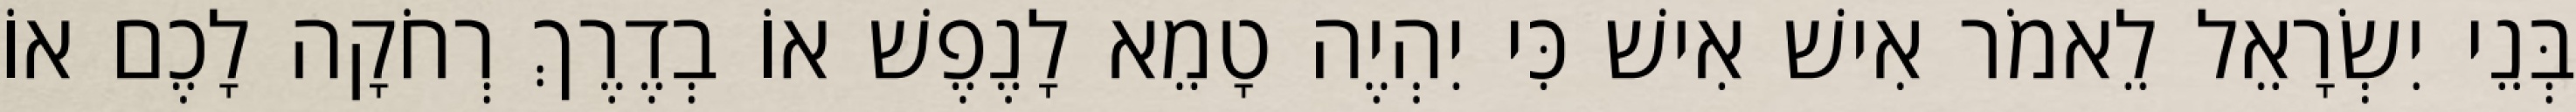
בְּנֵי יִשְׂרָאֵל לֵאמֹר אִישׁ אִישׁ כִּי יִהְיֶה טָמֵא לָנֶפֶשׁ אוֹ בְדֶרֶךְ רְחֹקָה לָכֶם אוֹ